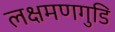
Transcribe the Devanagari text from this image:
लक्षमणगुडि